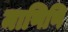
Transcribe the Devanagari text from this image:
माणिणि